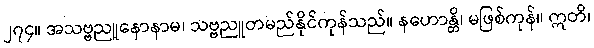
၂၇၄။ အသဗ္ဗညူနောနာမ၊ သဗ္ဗညူတမည်နိုင်ကုန်သည်။ နဟောန္တိ၊ မဖြစ်ကုန်။ ဣတိ၊